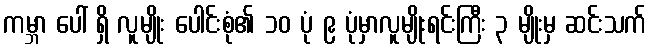
ကမ္ဘာ ပေါ် ရှိ လူမျိုး ပေါင်းစုံ၏ ၁၀ ပုံ ၉ ပုံမှာလူမျိုးရင်းကြီး ၃ မျိုးမှ ဆင်းသက်